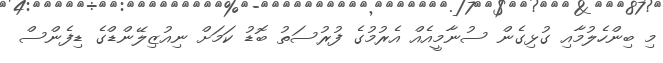
މި ބިންހެލުމާއި ގުޅިގެން ސުނާމީއެއް އެރުމުގެ ފުރުސަތު ބޮޑު ކަމަށް ނިއުޒިލޭންޑްގެ ޑިފެންސް